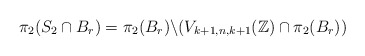
\begin{align*} \pi_{2}(S_{2} \cap B_r) = \pi_{2}(B_r) \backslash (V_{k+1, n, k+1}(\mathbb{Z}) \cap \pi_{2}(B_r))\end{align*}